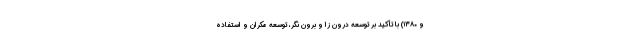
و ۱۳۸۰) با تأکید بر توسعه درون زا و برون نگر، توسعه مکران و استفاده